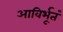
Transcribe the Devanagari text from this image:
आविर्भूतं